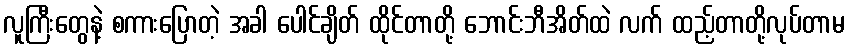
လူကြီးတွေနဲ့ စကားပြောတဲ့ အခါ ပေါင်ချိတ် ထိုင်တာတို့ ဘောင်းဘီအိတ်ထဲ လက် ထည့်တာတို့လုပ်တာမ